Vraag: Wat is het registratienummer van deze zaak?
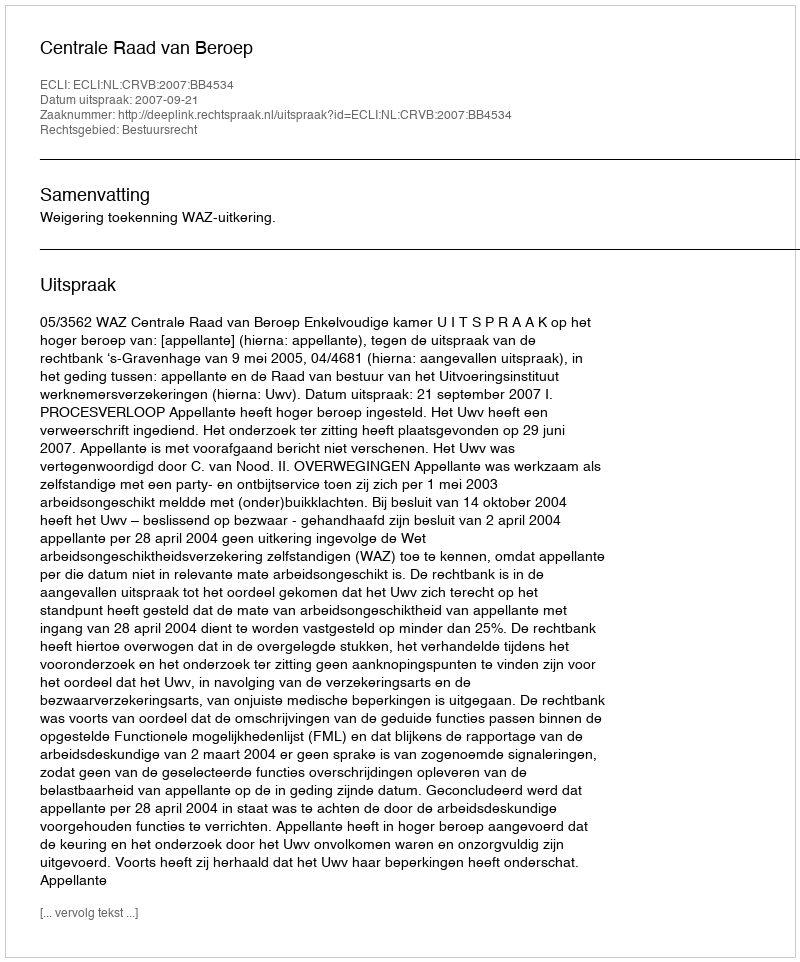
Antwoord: http://deeplink.rechtspraak.nl/uitspraak?id=ECLI:NL:CRVB:2007:BB4534